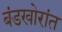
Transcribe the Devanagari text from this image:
बंडखोरांत